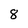
Character: 8